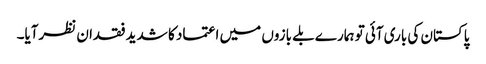
پاکستان کی باری آئی تو ہمارے بلے بازوں میں اعتماد کا شدید فقدان نظرآیا۔